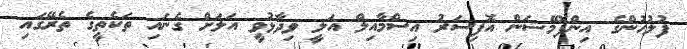
ފުލުހުންގެ އިންފޮމޭޝަން އޮފިސަރު އިސްމާއިލް އަލީ ވިދާޅުވީ އަލަށް ގެނައި ތަކެތީގެ ތެރޭގައި